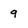
Character: 9